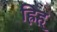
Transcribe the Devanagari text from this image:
ह्रिह्